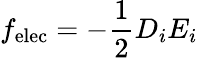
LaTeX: f_{\mathrm{elec}}=-{\frac{1}{2}}D_{i}E_{i}